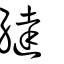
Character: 繨